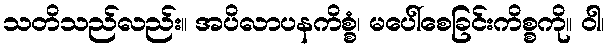
သတိသည်လည်း။ အပိလာပနကိစ္စံ၊ မပေါ်စေခြင်းကိစ္စကို။ ဝါ၊